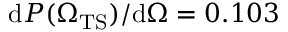
\mathrm { d } P ( { \Omega _ { \mathrm { T S } } } ) / \mathrm { d } \Omega = 0 . 1 0 3